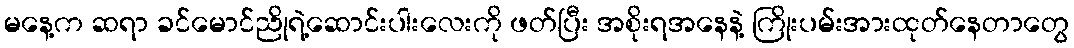
မနေ့က ဆရာ ခင်မောင်ညိုရဲ့ဆောင်းပါးလေးကို ဖတ်ပြီး အစိုးရအနေနဲ့ ကြိုးပမ်းအားထုတ်နေတာတွေ